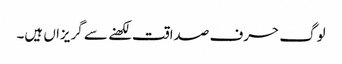
لوگ حرف صداقت لکھنے سے گریزاں ہیں۔